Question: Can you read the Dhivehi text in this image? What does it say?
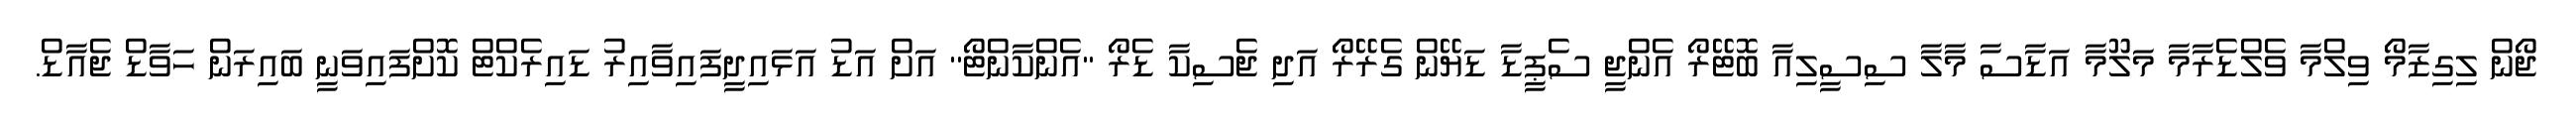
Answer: ޖޯން ލިގިޒާމޯ ވިލްމާ ވެލްޑެރާމާ މަލޫމާ އަޑާސާ މާލާ ސިސީލިއާ ބޮޓޭރޯ އެންޖީ ސެޕީޑާ ޑަޔޭން ގެރޭރޯ އަދި ޖެސިކާ ޑެރޯ ''އެންކާންޓޯ'' އަށް އަޑު އަޅައިދީފައިވާއިރު ޑައިރެކްޓް ކޮށްފައިވަނީ ބައިރަން ހަވާޑް ޖެއާޑް.